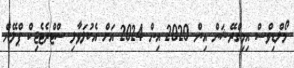
މޯލްޑިވްސް އިމިގްރޭޝަން އިން 2020 އިން 2024 އަށް އެކުލަވާލި ސްޓްރެޓެޖިކް ޕްލޭން